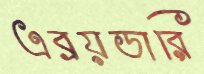
এব্রয়ডারি